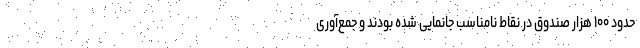
حدود ۱۰۰ هزار صندوق در نقاط نامناسب جانمایی شده بودند و جمع‌آوری